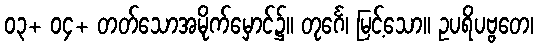
၀၃+ ၀၄+ တတ်သောအမိုက်မှောင်၌။ တုင်္ဂေ၊ မြင့်သော။ ဥပရိပဗ္ဗတေ၊